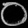
Digit: ၀